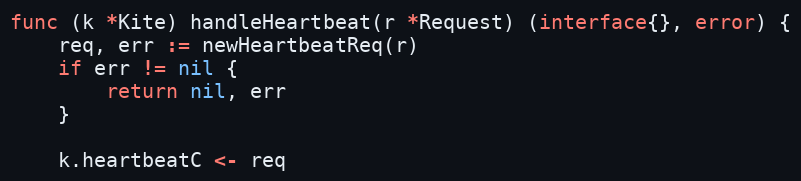
Language: Go
func (k *Kite) handleHeartbeat(r *Request) (interface{}, error) {
	req, err := newHeartbeatReq(r)
	if err != nil {
		return nil, err
	}

	k.heartbeatC <- req